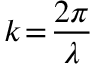
k \! = \! \frac { 2 \pi } { \lambda }